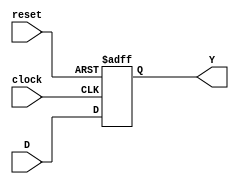
module ff__D(input wire clock,reset,input wire D,output reg Y);//se crea el flip-flop tipo d para utilizar el circuito
  always @ (posedge clock, posedge reset) begin
    if(reset) begin
      Y <= 1'b0; // un-blocked assignament
    end
    else
      Y <= D;
    end
endmodule

module FSM__Mealy(input wire A, B,clock, reset,output wire S00, S11, SF0, SF1, Y); // modulo de la mquina de mealy
                                                                                  // que representa al ejercio 1
    wire S1 , S0;

    assign SF0 = (~S1 & ~S0 & A);
    assign SF1 = ((S0 & B) | (S1 & A & B));// se realiza las assignaciones de entradas al estado futuro

    ff__D U1(clock, reset,SF1, S1);
    ff__D U2(clock, reset,SF0, S0); //se realizan las conexiones con el flip-flop y nuestro circuito
    assign S00 = S0;
    assign S11 = S1;
    assign Y = (S1 & A & B); // se asigna el valor de salida

endmodule